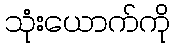
သုံးယောက်ကို